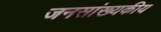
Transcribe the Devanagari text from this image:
जनसांख्यकीय